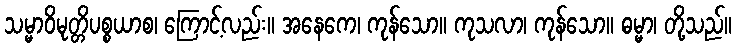
သမ္မာဝိမုတ္တိပစ္စယာစ၊ ကြောင့်လည်း။ အနေကေ၊ ကုန်သော။ ကုသလာ၊ ကုန်သော။ ဓမ္မာ၊ တို့သည်။